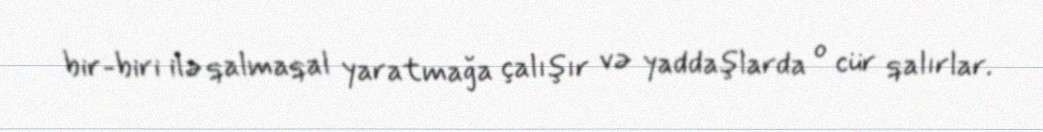
bir-biri ilə qalmaqal yaratmağa çalışır və yaddaşlarda o cür qalırlar.